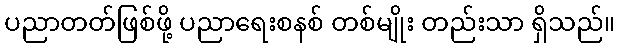
ပညာတတ်ဖြစ်ဖို့ ပညာရေးစနစ် တစ်မျိုး တည်းသာ ရှိသည်။